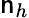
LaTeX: \mathsf{n}_{h}